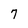
Character: 7